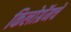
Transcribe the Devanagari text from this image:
किलोग्रॅमचे